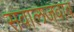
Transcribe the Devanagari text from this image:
सवालजवाब